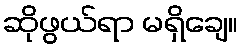
ဆိုဖွယ်ရာ မရှိချေ။